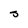
Character: J